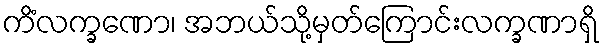
ကိံလက္ခဏော၊ အဘယ်သို့မှတ်ကြောင်းလက္ခဏာရှိ